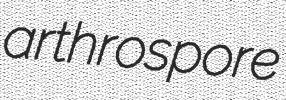
arthrospore